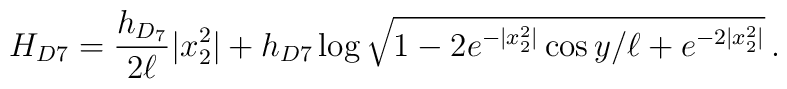
H_{D7} =  \frac{h_{D_{7}}}{2\ell}|x_{2}^{2}| +h_{D7}  \log{\sqrt{1 -2 e^{-|x_{2}^{2}|} \cos{y/\ell} +e^{-2|x_{2}^{2}|}} }\, .